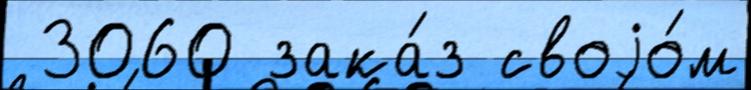
 3060 зака́з своjо́м